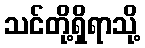
သင်တို့ရှိရာသို့